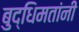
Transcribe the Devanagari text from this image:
बुद्धिमतांनी